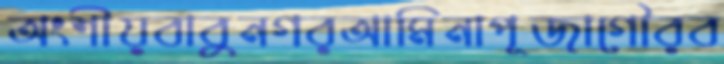
অংশীয়বাবুনগরআমিনাপূজাগৌরব